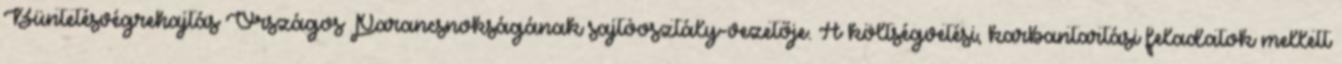
Büntetésvégrehajtás Országos Parancsnokságának sajtóosztály-vezetője. A költségvetési, karbantartási feladatok mellett